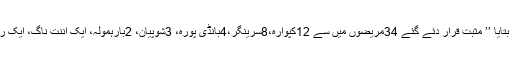
میڈیکل سپر انٹنڈنٹ ڈاکٹر فاروق احمد جان نے بتایا ’’ مثبت قرار دئے گئے 34مریضوں میں سے 12کپوارہ،8سرینگر،4بانڈی پورہ، 3شوپیان، 2بارہمولہ، ایک اننت ناگ، ایک راجوری اور ایک کولگام سے تعلق رکھتا ہے‘‘۔